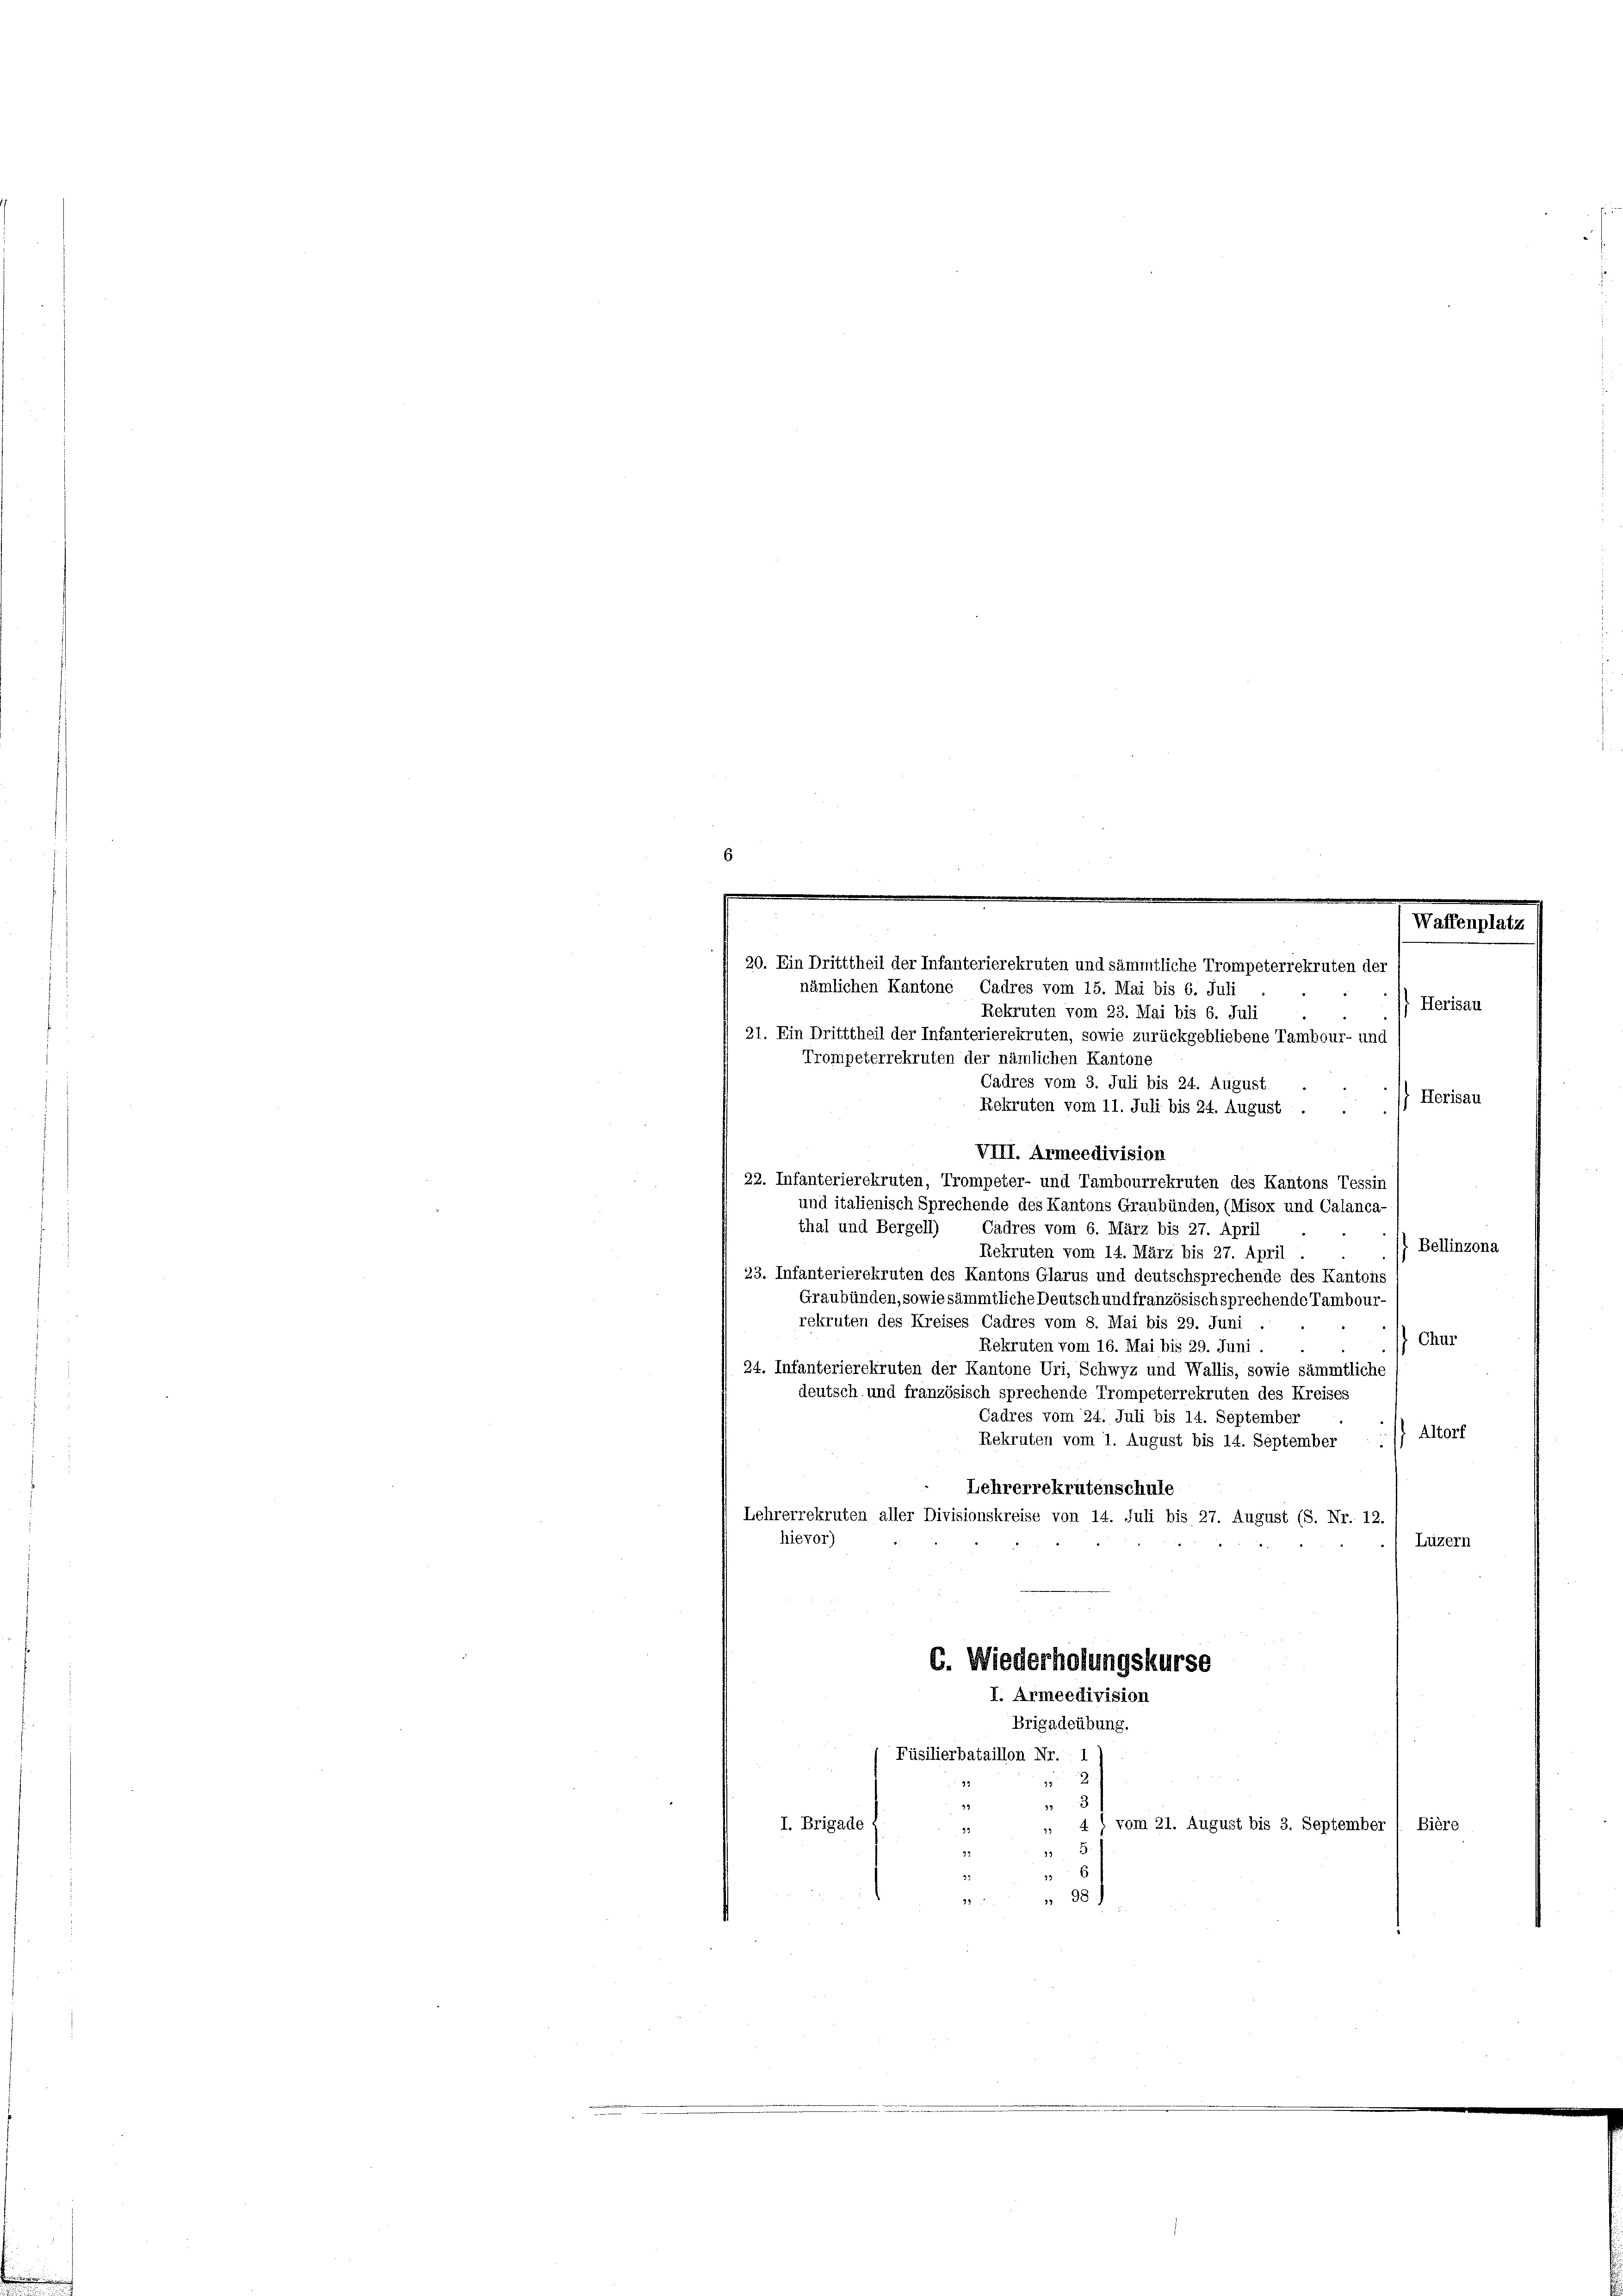
20. Ein Dritttheil der Infanterierekruten und sämmtliche Trompeterrekruten der
nämlichen Kantone Cadres vom 15. Mai bis 6. Juli
Herisau
Rekruten vom 23. Mai bis 6. Juli
21. Ein Dritttheil der Infanterierekruten, sowie zurückgebliebene Tambour- und
Trompeterrekruten der nämlichen Kantone
Cadres vom 3. Juli bis 24. August
) Herisau
Rekruten vom 11. Juli bis 24. August
VIII. Armeedivision
22. Infanterierekruten, Trompeter- und Tambourrekruten des Kantons Tessin
und italienisch Sprechende des Kantons Graubünden, (Misox und Calanca-
thal und Bergell)
Cadres vom 6. März bis 27. April
t Bellinzona
Rekruten vom 14. März bis 27. April
23. Infanterierekruten des Kantons Glarus und deutschsprechende des Kantons
Graubünden, sowie sämmtliche Deutsch und französisch sprechende Tambour
rekruten des Kreises Cadres vom 8. Mai bis 29. Juni
 Chur
Rekruten vom 16. Mai bis 29. Juni.
24. Infanterierekruten der Kantone Uri, Schwyz und Wallis, sowie sämmtliche
deutsch und französisch sprechende Trompeterrekruten des Kreises
Cadres vom 24. Juli bis 14. September
Rekruten vom 1. August bis 14. September : : 1) Altorf
Lehrerrekrutenschule
Lehrerrekruten aller Divisionskreise von 14. Juli bis 27. August (S. Nr. 12.
hievor)
Luzern
C. Wiederholungskurse
I. Armeedivision
Brigadeübung.
Füsilierbataillon Nr.
Z
33
3
33
I. Brigade
„ 4) vom 21. August bis 3. September 1 Bière
99
5
33
6
3.
98)
28

Waffenplatz